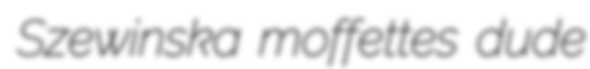
Szewinska moffettes dude